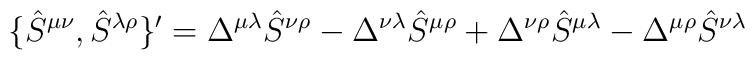
\{\hat{S}^{\mu \nu }, \hat{S}^{\lambda \rho }\}'=\Delta ^{\mu \lambda}    \hat{S}^{\nu \rho }  -\Delta ^{\nu \lambda }\hat{S}^{\mu \rho }+\Delta ^{\nu \rho }\hat{S}^{\mu    \lambda }  -\Delta ^{\mu \rho }\hat{S}^{\nu \lambda }